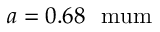
a = 0 . 6 8 ~ \mathrm { \ m u m }